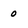
Character: 0